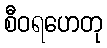
စီဝရဟေတု